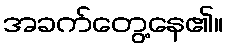
အခက်တွေ့နေ၏။